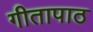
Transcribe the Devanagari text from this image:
गीतापाठ